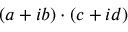
\left( a + i b \right) \cdot \left( c + i d \right)